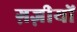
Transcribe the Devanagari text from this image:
ग़ज़ीयों